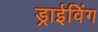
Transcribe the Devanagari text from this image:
ड्राईविंग